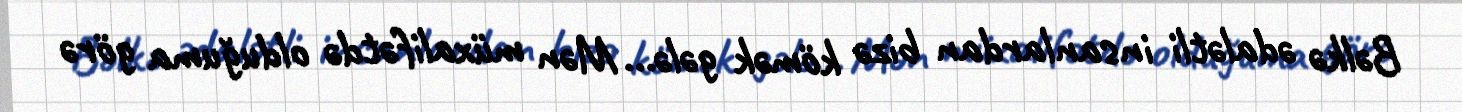
Bəlkə ədalətli insanlardan bizə kömək gələ... Mən müxalifətdə olduğuma görə